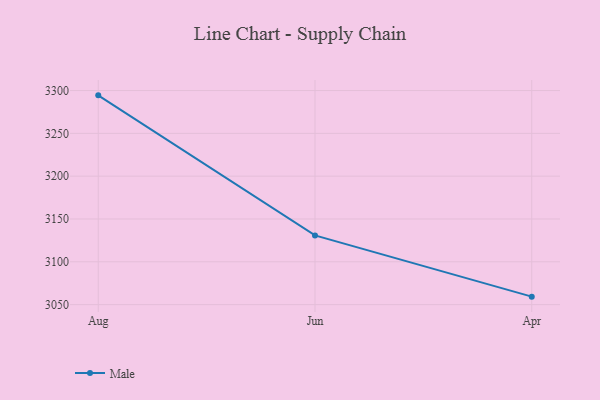
{"axis": {"x": "Month", "y": "Latency (ms)"}, "legend": ["Male"], "data": [{"x": "Aug", "y": 3294.4, "type": "Male"}, {"x": "Jun", "y": 3130.8, "type": "Male"}, {"x": "Apr", "y": 3059.3, "type": "Male"}]}